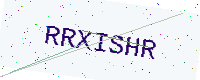
Text: RRXISHR